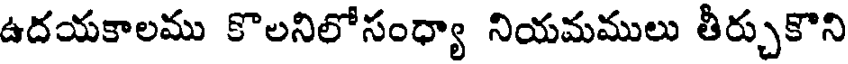
ఉదయకాలము కొలనిలోసంధ్యా నియమములు తీర్చుకొని